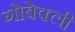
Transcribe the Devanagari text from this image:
गोबेक्ली